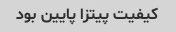
کیفیت پیتزا پایین بود